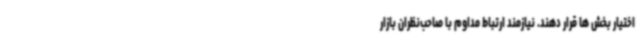
اختیار بخش ها قرار دهند. نیازمند ارتباط مداوم با صاحب‌نظران بازار